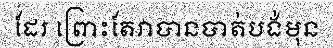
ដែរ ព្រោះតែវាបានបាត់បង់មុន